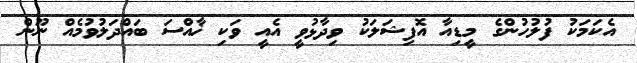
އެކަމަކު ފުލުުހުންގެ މީޑިއާ އޮފިޝަލަކު ވިދާޅުވީ އެއީ ވަކި ޚާއްސަ ބައްދަލުވުމެއް ނޫން